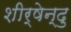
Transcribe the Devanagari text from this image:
शीर्षेन्दु